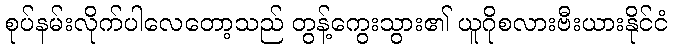
စုပ်နမ်းလိုက်ပါလေတော့သည် တွန့်ကွေးသွား၏ ယူဂိုစလားဗီးယားနိုင်ငံ